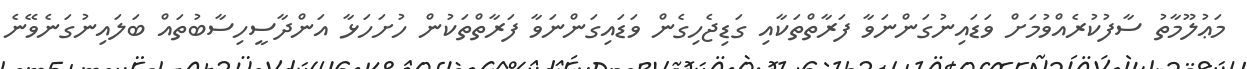
މަޢުލޫމާތު ސާފުކުރެއްވުމަށް ވަޑައިނުގަންނަވާ ފަރާތްތަކާއި ގަޑިޖެހިގެން ވަޑައިގަންނަވާ ފަރާތްތަކުން ހުށަހަޅާ އަންދާސީހިސާބުތައް ބަލައިނުގަނެވޭނެ